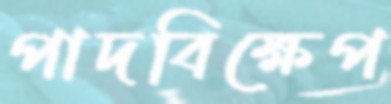
পাদবিক্ষেপ